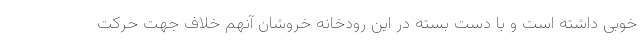
خوبی داشته است و با دست بسته در این رودخانه خروشان آنهم خلاف جهت حرکت